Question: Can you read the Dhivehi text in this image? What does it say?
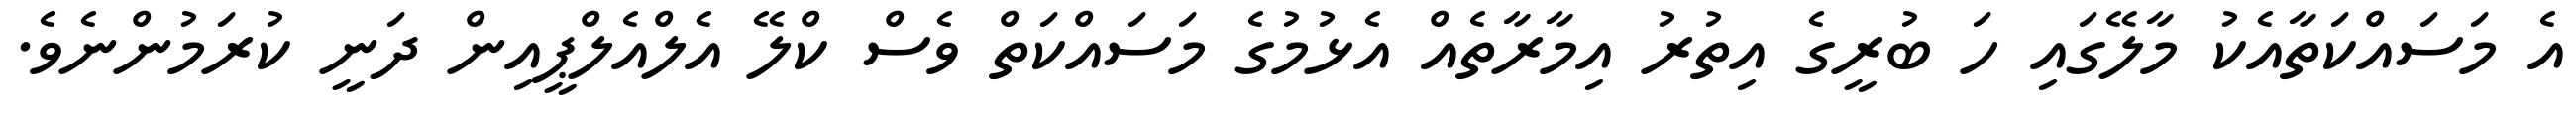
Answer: އެ މަސައްކަތާއެކު މާލޭގައި ހަ ބުރީގެ އިތުރު އިމާރާތެއް އެޅުމުގެ މަސައްކަތް ވެސް ކްލޭ އެލްއެލްޕީއިން ދަނީ ކުރަމުންނެވެ.